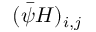
( \bar { \psi } H ) _ { i , j }